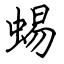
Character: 蜴